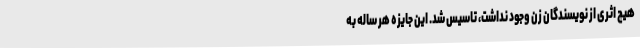
هیچ اثری از نویسندگان زن وجود نداشت، تاسیس شد. این جایزه هر ساله به